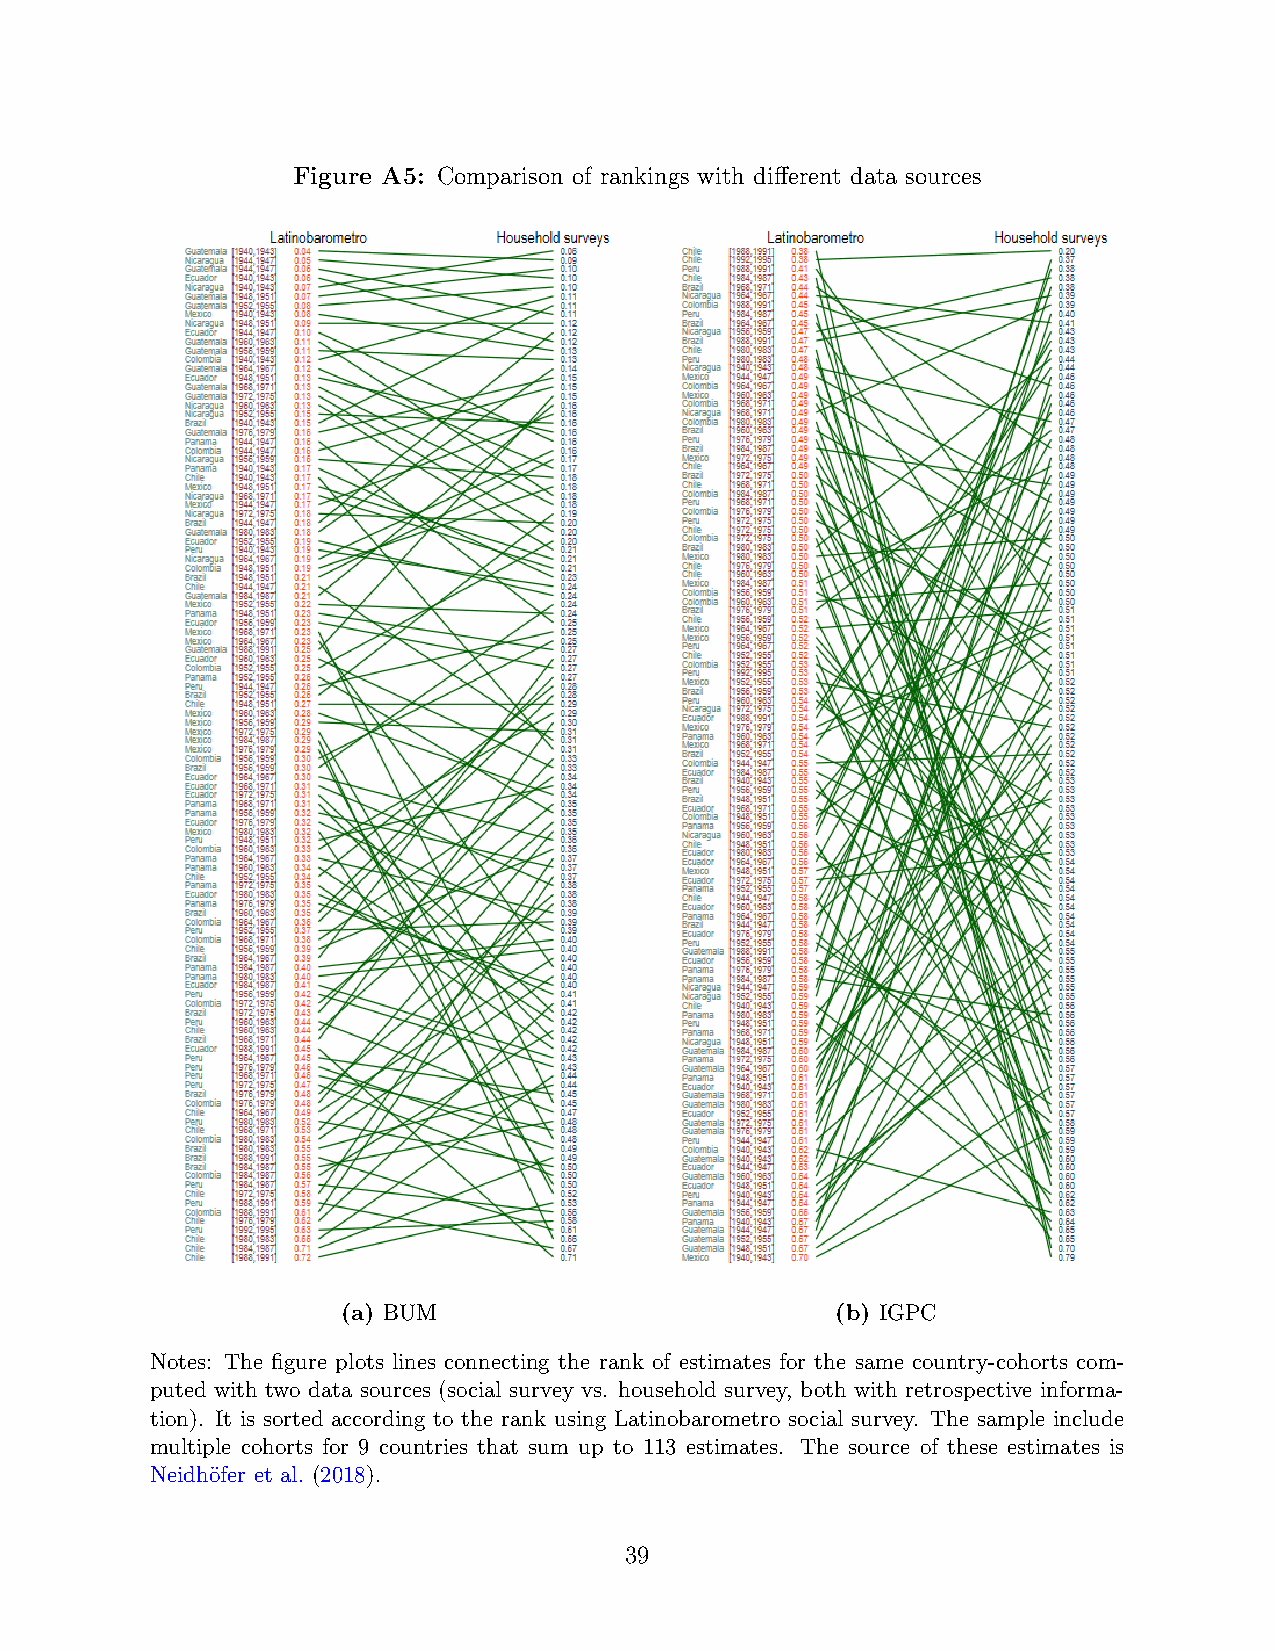
Figure A5: Comparison of rankings with different data sources
 (a) BUM                         (b) IGPC
 Notes: The figure plots lines connecting the rank of estimates for the same country-cohorts com-
 puted with two data sources (social survey vs. household survey, both with retrospective informa-
 tion). It is sorted according to the rank using Latinobarometro social survey. The sample include
 multiple cohorts for 9 countries that sum up to 113 estimates. The source of these estimates is
 Neidh¨ofer et al. (2018).
 39